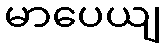
မာပေယျ